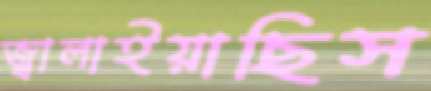
জ্বালাইয়াছিস